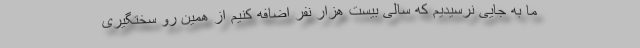
ما به جایی نرسیدیم که سالی بیست هزار نفر اضافه کنیم از همین رو سختگیری